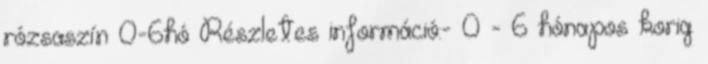
rózsaszín 0-6hó Részletes információ:- 0 - 6 hónapos korig